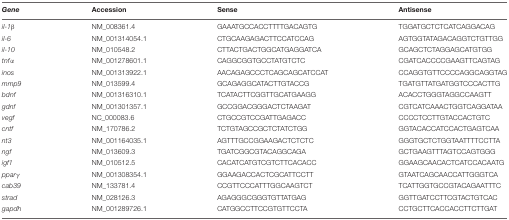
| Gene | Accession | Sense | Antisense |
 | --- | --- | --- | --- |
 | il-1β | NM_008361.4 | GAAATGCCACCTTTTGACAGTG | TGGATGCTCTCATCAGGACAG |
 | il-6 | NM_001314054.1 | CTGCAAGAGACTTCCATCCAG | AGTGGTATAGACAGGTCTGTTGG |
 | il-10 | NM_010548.2 | CTTACTGACTGGCATGAGGATCA | GCAGCTCTAGGAGCATGTGG |
 | tnfα | NM_001278601.1 | CAGGCGGTGCCTATGTCTC | CGATCACCCCGAAGTTCAGTAG |
 | inos | NM_001313922.1 | AACAGAGCCCTCAGCAGCATCCAT | CCAGGTGTTCCCCAGGCAGGTAG |
 | mmp9 | NM_013599.4 | GCAGAGGCATACTTGTACCG | TGATGTTATGATGGTCCCACTTG |
 | bdnf | NM_001316310.1 | TCATACTTCGGTTGCATGAAGG | ACACCTGGGTAGGCCAAGTT |
 | gdnf | NM_001301357.1 | GCCGGACGGGACTCTAAGAT | CGTCATCAAACTGGTCAGGATAA |
 | vegf | NC_000083.6 | CTGCCGTCCGATTGAGACC | CCCCTCCTTGTACCACTGTC |
 | cntf | NM_170786.2 | TCTGTAGCCGCTCTATCTGG | GGTACACCATCCACTGAGTCAA |
 | nt3 | NM_001164035.1 | AGTTTGCCGGAAGACTCTCTC | GGGTGCTCTGGTAATTTTCCTTA |
 | ngf | NM_013609.3 | TGATCGGCGTACAGGCAGA | GCTGAAGTTTAGTCCAGTGGG |
 | igf1 | NM_010512.5 | CACATCATGTCGTCTTCACACC | GGAAGCAACACTCATCCACAATG |
 | pparγ | NM_001308354.1 | GGAAGACCACTCGCATTCCTT | GTAATCAGCAACCATTGGGTCA |
 | cab39 | NM_133781.4 | CCGTTCCCATTTGGCAAGTCT | TCATTGGTGCCGTACAGAATTTC |
 | strad | NM_028126.3 | AGAGGGCGGGTGTTATGAG | GGTTGATCCTTCGTACTGTCAC |
 | gapdh | NM_001289726.1 | CATGGCCTTCCGTGTTCCTA | CCTGCTTCACCACCTTCTTGAT |